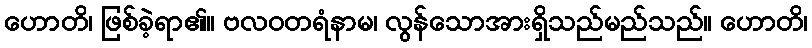
ဟောတိ၊ ဖြစ်ခဲ့ရာ၏။ ဗလဝတရံနာမ၊ လွန်သောအားရှိသည်မည်သည်။ ဟောတိ၊